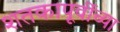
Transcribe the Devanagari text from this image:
शतकापूर्वीच्या